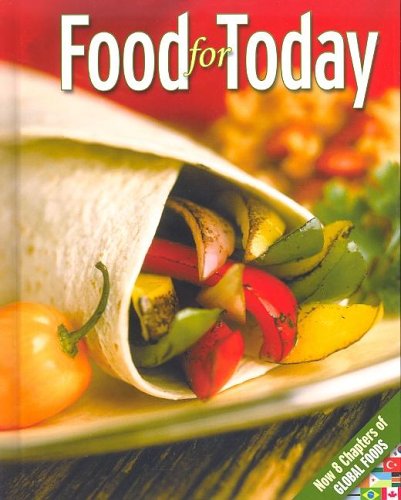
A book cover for Food for Today, Student Edition; Helen Kowtaluk; Teen & Young Adult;